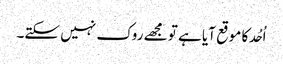
اُحُد کا موقع آیا ہے تو مجھے روک نہیں سکتے۔